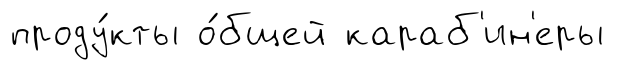
проду́кты о́бщей караб'ин'еры